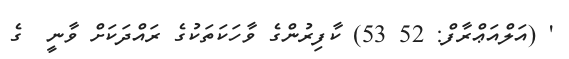
' (އަލްއަޢްރާފް: 52 53) ކާފިރުންގެ ވާހަކަތަކުގެ ރައްދަކަށް ވާނީ  ގެ